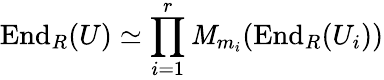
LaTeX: \operatorname{End}_{R}(U)\simeq\prod_{i=1}^{r}\operatorname{\mathit{M}}_{m_{i}}(\operatorname{End}_{R}(U_{i}))